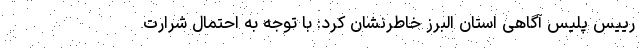
رییس پلیس آگاهی استان البرز خاطرنشان کرد: با توجه به احتمال شرارت